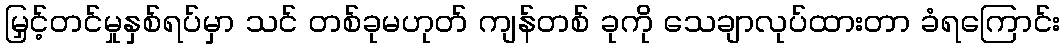
မြှင့်တင်မှုနှစ်ရပ်မှာ သင် တစ်ခုမဟုတ် ကျန်တစ် ခုကို သေချာလုပ်ထားတာ ခံရကြောင်း